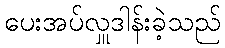
ပေးအပ်လှူဒါန်းခဲ့သည်